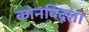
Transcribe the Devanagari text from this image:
कोनबिंदूला